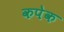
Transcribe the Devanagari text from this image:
कपेक